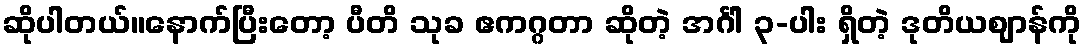
ဆိုပါတယ်။နောက်ပြီးတော့ ပီတိ သုခ ဧကဂ္ဂတာ ဆိုတဲ့ အင်္ဂါ ၃-ပါး ရှိတဲ့ ဒုတိယဈာန်ကို